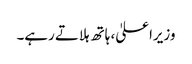
وزیراعلیٰ، ہاتھ ہلاتے رہے۔